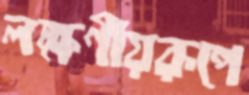
লক্ষণীয়রূপে